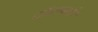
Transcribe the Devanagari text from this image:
टाँसपार्डर